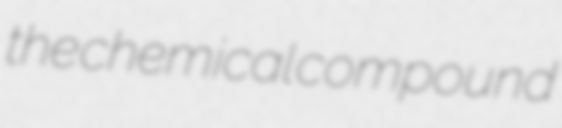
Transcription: the chemical compound